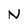
Character: N